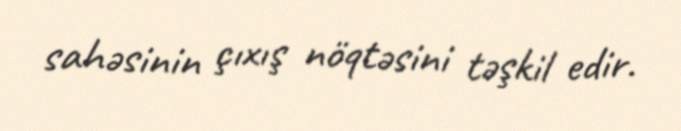
sahəsinin çıxış nöqtəsini təşkil edir.